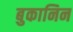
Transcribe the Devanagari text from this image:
बुकानिन